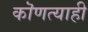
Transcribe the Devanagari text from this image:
कॊणत्याही